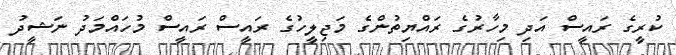
ކުރީގެ ރައީސް އަދި މިހާރުގެ ރައްޔިތުންގެ މަޖިލީހުގެ ރައީސް ރައީސް މުހައްމަދު ނަޝީދު